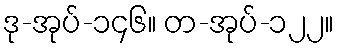
ဒု-အုပ်-၁၄၆။ တ-အုပ်-၁၂၂။